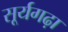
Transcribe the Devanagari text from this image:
सूर्यगढ़ा